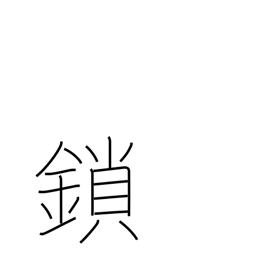
Meaning: irons